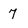
Character: 7